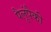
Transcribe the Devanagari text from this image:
पैलूंपैकी